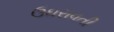
ઉઘરાવતી